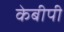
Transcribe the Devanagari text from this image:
केबीपी